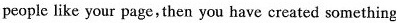
people like your page, then you have created something